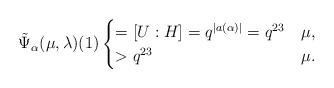
LaTeX: \begin{align*} \tilde{\Psi}_\alpha(\mu,\lambda)(1) \begin{cases}= [U:H] = q^{|a(\alpha)|} = q^{23} & \mu ,\\ >q^{23} & \mu .\end{cases}\end{align*}